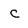
Character: c